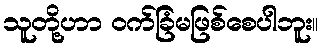
သူတို့ဟာ ဝက်ခြံမဖြစ်စေပါဘူး။